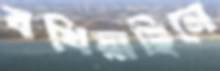
বখিয়াছিলে